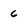
Character: 6